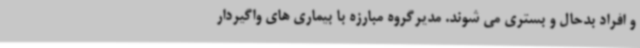
و افراد بدحال و بستری می شوند. مدیرگروه مبارزه با بیماری های واگیردار